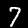
Digit: 7